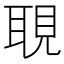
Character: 𦖃